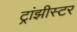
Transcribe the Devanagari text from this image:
ट्रांझीस्टर